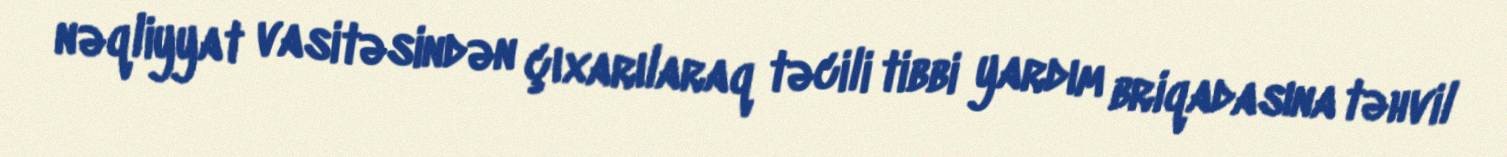
nəqliyyat vasitəsindən çıxarılaraq təcili tibbi yardım briqadasına təhvil